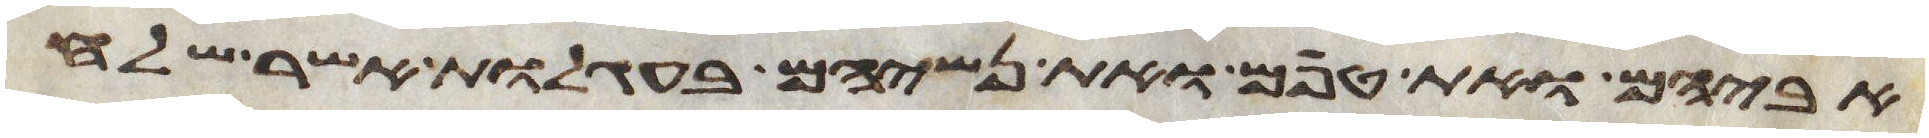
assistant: אביהם ואת טפם ואת נשיהם בעגלות אשר שלח